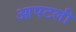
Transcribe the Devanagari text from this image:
आपटली